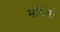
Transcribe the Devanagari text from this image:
भगिनो